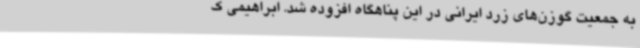
به جمعیت گوزن‌های زرد ایرانی در این پناهگاه افزوده شد. ابراهیمی ک